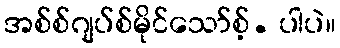
အစ်စ်ဂျပ်စ်မိုင်သော်စ့်. ပါပဲ။